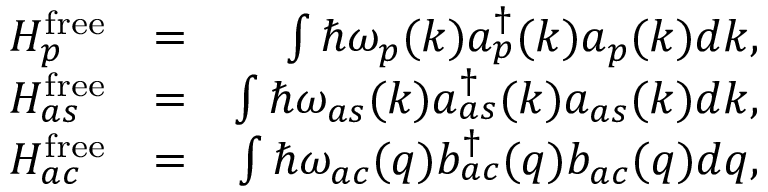
\begin{array} { r l r } { H _ { p } ^ { \mathrm { f r e e } } } & { = } & { \int \hbar \omega _ { p } ( k ) a _ { p } ^ { \dagger } ( k ) a _ { p } ( k ) d k , } \\ { H _ { a s } ^ { \mathrm { f r e e } } } & { = } & { \int \hbar \omega _ { a s } ( k ) a _ { a s } ^ { \dagger } ( k ) a _ { a s } ( k ) d k , } \\ { H _ { a c } ^ { \mathrm { f r e e } } } & { = } & { \int \hbar \omega _ { a c } ( q ) b _ { a c } ^ { \dagger } ( q ) b _ { a c } ( q ) d q , } \end{array}